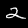
Digit: 2